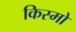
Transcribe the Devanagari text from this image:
किस्मो